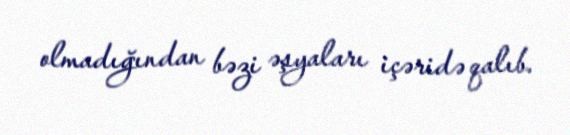
olmadığından bəzi əşyaları içəridə qalıb.